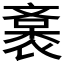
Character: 𧜯